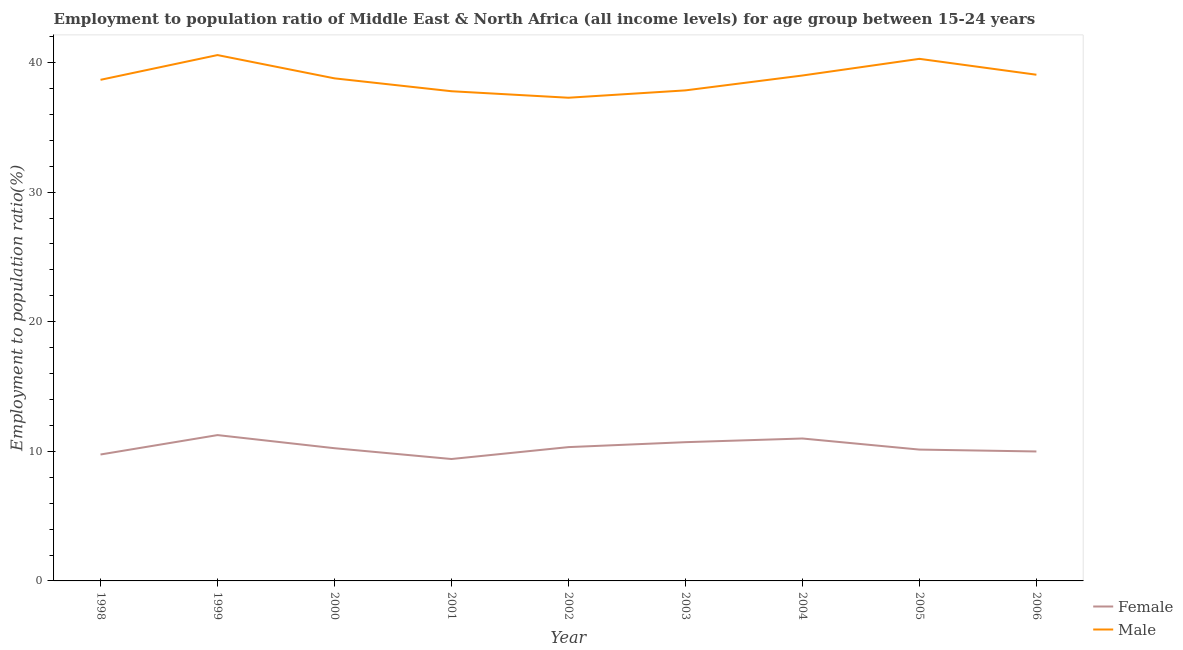
| Year | Female | Male |
 | --- | --- | --- |
 | 1998 | 9.75 | 38.7 |
 | 1999 | 11.3 | 40.6 |
 | 2000 | 10.2 | 38.8 |
 | 2001 | 9.41 | 37.8 |
 | 2002 | 10.3 | 37.3 |
 | 2003 | 10.7 | 37.8 |
 | 2004 | 11 | 39 |
 | 2005 | 10.1 | 40.3 |
 | 2006 | 9.99 | 39.1 |